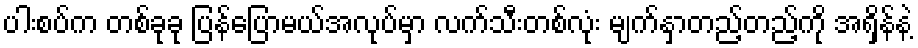
ပါးစပ်က တစ်ခုခု ပြန်ပြောမယ်အလုပ်မှာ လက်သီးတစ်လုံး မျက်နှာတည့်တည့်ကို အရှိန်နဲ့